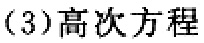
(3)高次方程